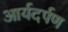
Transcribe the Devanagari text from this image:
आर्यदर्पण